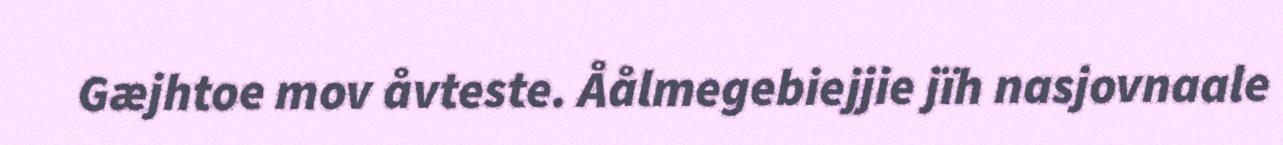
Gæjhtoe mov åvteste. Åålmegebiejjie jïh nasjovnaale